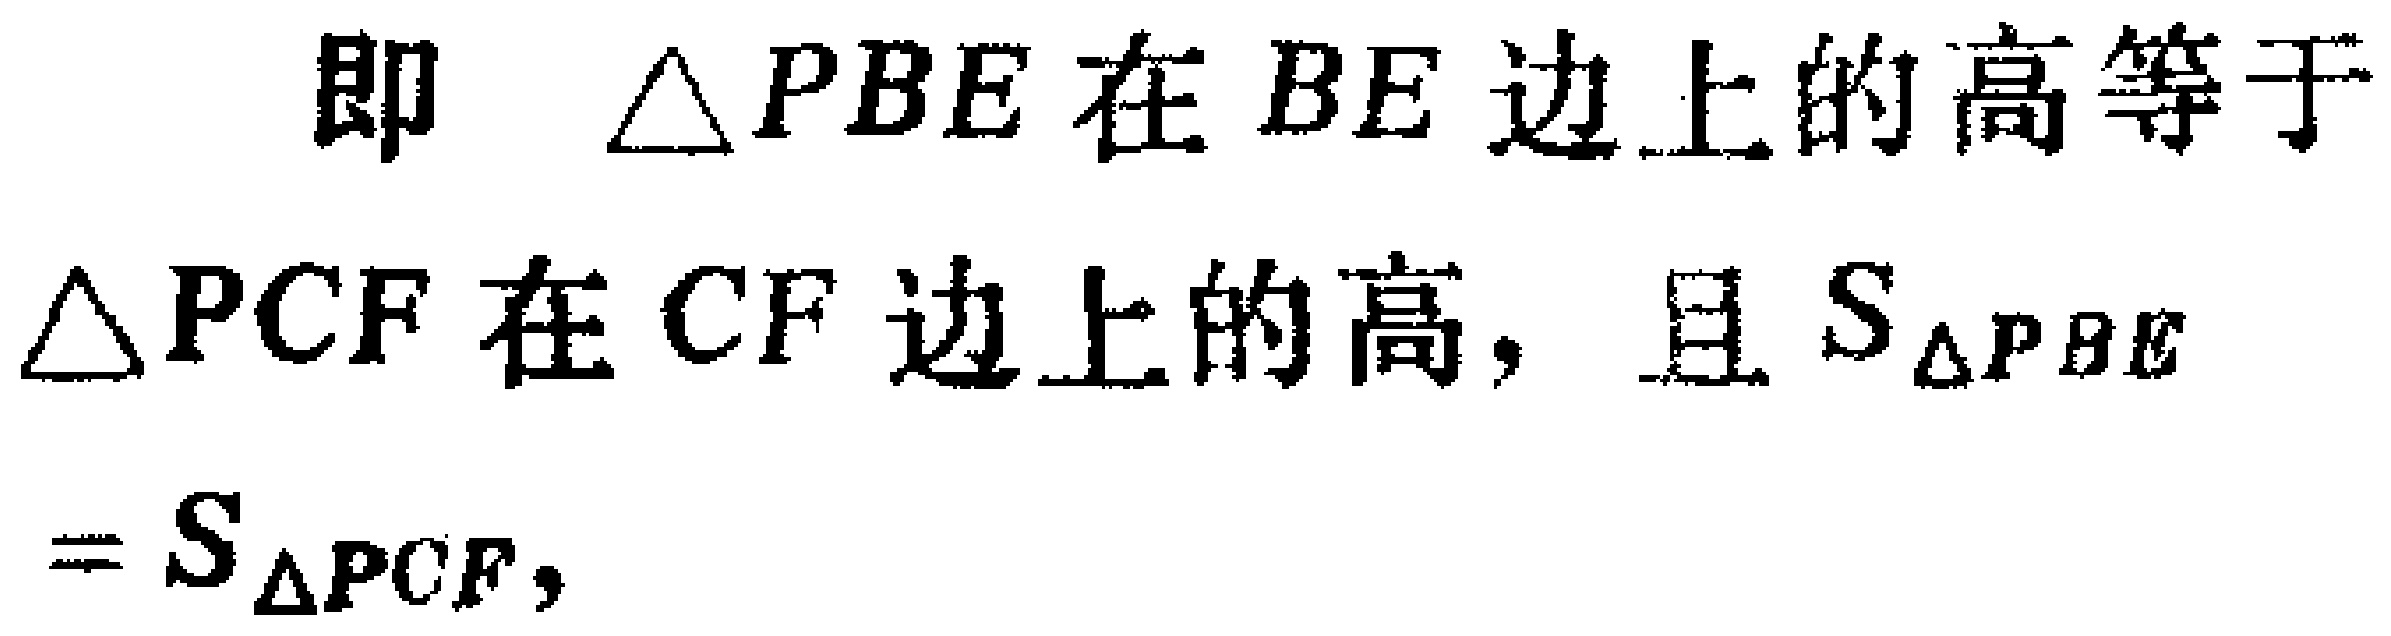
即 $\triangle PBE$ 在 $BE$ 边上的高等于 $\triangle PCF$ 在 $CF$ 边上的高，且 $S_{\triangle PBE}=S_{\triangle PCF}$，